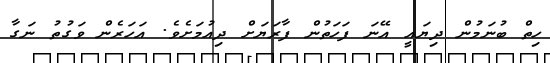
ހިތް ބުނަމުން ދިޔައީ އޭނަ ފަހަތުން ފާރަޔަށް ދިއުމަށެވެ. އަހަރެން ވަގުތު ނަގާ